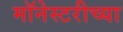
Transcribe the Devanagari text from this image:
मॉनेस्टरीच्या